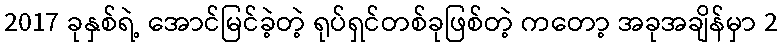
2017 ခုနှစ်ရဲ့ အောင်မြင်ခဲ့တဲ့ ရုပ်ရှင်တစ်ခုဖြစ်တဲ့ ကတော့ အခုအချိန်မှာ 2